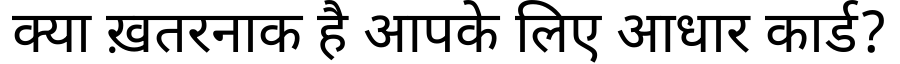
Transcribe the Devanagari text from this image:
क्या ख़तरनाक है आपके लिए आधार कार्ड?